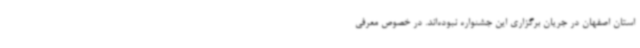
استان اصفهان در جریان برگزاری این جشنواره نبوده‌اند. در خصوص معرفی